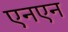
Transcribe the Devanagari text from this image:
एनएन